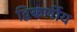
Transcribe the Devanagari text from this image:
द्विकर्णीय